Insane asylums in Bengal annual reports 1876-1887 - 1876-1887
Year: 1876
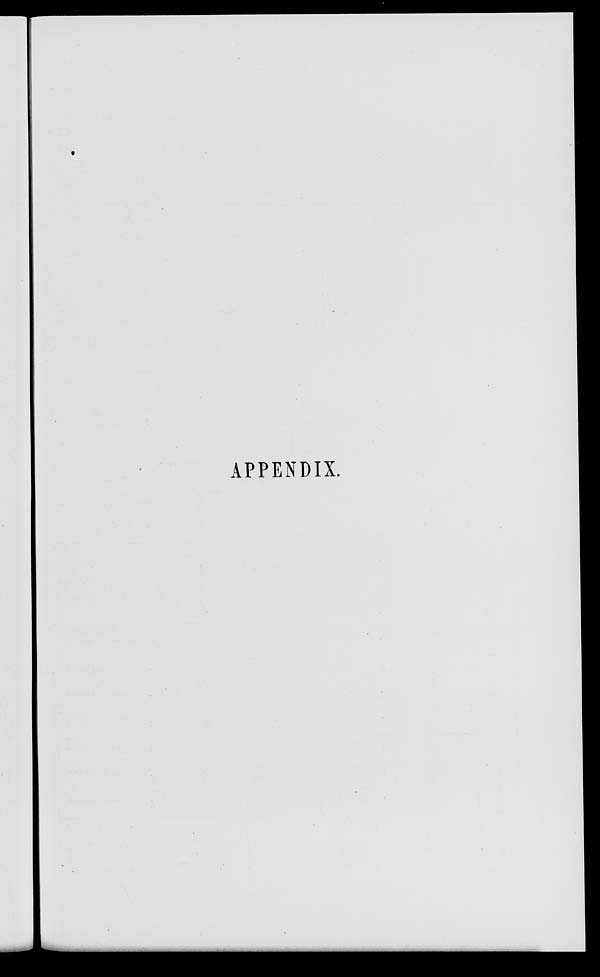
APPENDIX.